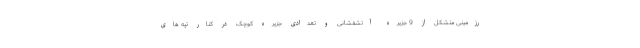
رزمینی متشکل از 9 جزیره آتشفشانی و تعدادی جزیره کوچک در کنار تپه های